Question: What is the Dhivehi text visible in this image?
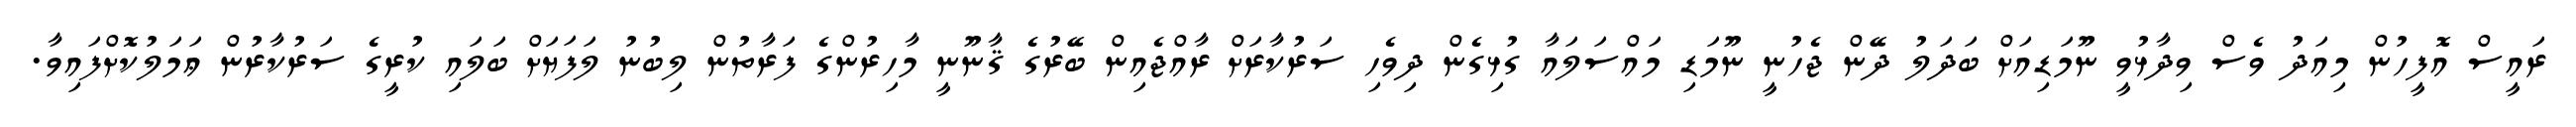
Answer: ރައީސް އޮފީހުން މިއަދު ވެސް ވިދާޅުވީ ނޫމަޑިއަށް ބަދަލު ދޭން ޖެހުނީ ނޫމަޑި މައްސަލައާ ގުޅިގެން ދިވެހި ސަރުކާރަށް ރާއްޖެއިން ބޭރުގެ ޤާނޫނީ މާހިރުންގެ ފަރާތުން ލިބުނު ލަފަޔަށް ބަލައި ކުރީގެ ސަރުކާރުން ޢަމަލުކޮށްފައިވާ.